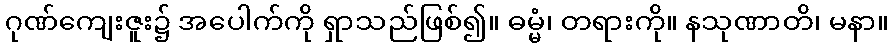
ဂုဏ်ကျေးဇူး၌ အပေါက်ကို ရှာသည်ဖြစ်၍။ ဓမ္မံ၊ တရားကို။ နသုဏာတိ၊ မနာ။